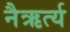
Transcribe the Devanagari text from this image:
नैऋर्त्य